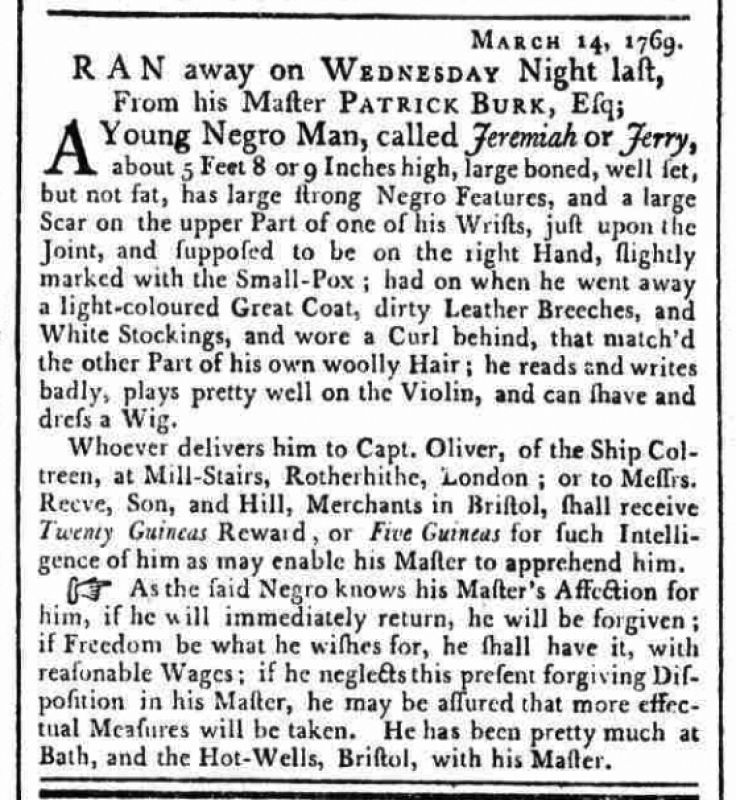
Bath Chronicle and Weekly Gazette, 16 March 1769 (England)
                                    March 14, 1769.RAN away on WEDNESDAY Night last,  From his Master PATRICK BURK, Esq;A Young Negro Man, called Jeremiah or Jerry, about 5 Feet 8 or 9 Inches high, large boned, well set, but not fat, has large strong Negro Features, and a large Scar on the upper Part of one of his Wrists, just upon the Joint, and supposed to be on the right Hand, slightly marked with the Small-Pox; had on when he went away a light-coloured Great Coat, dirty Leather Breeches, and White Stockings, and wore a Curl behind, that match’d the other Part of his own woolly Hair; he reads and writes badly, plays pretty well on the Violin, and can shave and dress a Wig.  Whoever delivers him to Capt. Oliver, of the Ship Coltreen, at Mill-Stairs, Rotherhithe, London; or to Messrs. Reeve, Son, and Hill, Merchants in Bristol, shall receive Twenty Guineas Reward, or Five Guineas for such Intelligence of him as may enable his Master to apprehend him.   As the said Negro knows his Master’s Affection for him, if he will immediately return, he will be forgiven; if Freedom be what he wishes for, he shall have it, with reasonable Wages; if he neglects this present forgiving Disposition in his Master, he may be assured that more effectual Measures will be taken. He has been pretty much at Bath, and the Hot-Wells, Bristol, with his Master.